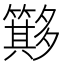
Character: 𥶂